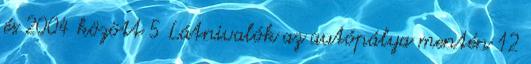
és 2004 között 5 Látnivalók az autópálya mentén 12